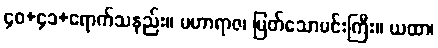
၄၀+၄၁+ရောက်သနည်း။ မဟာရာဇ၊ မြတ်သောမင်းကြီး။ ယထာ၊